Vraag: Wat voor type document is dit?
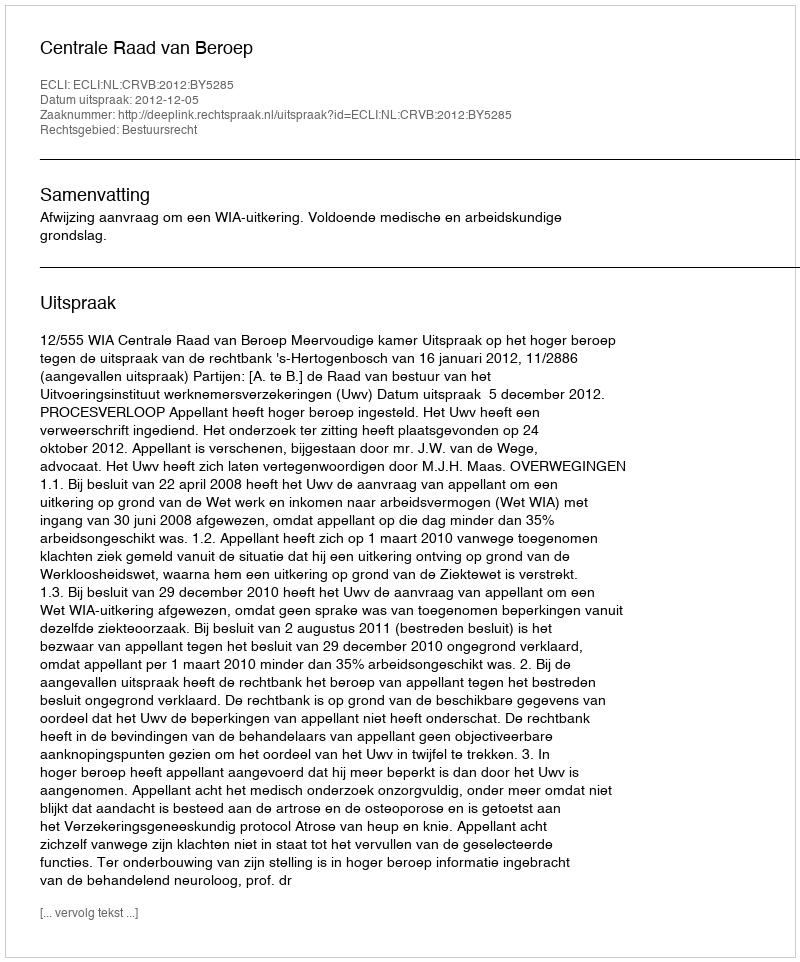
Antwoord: Uitspraak